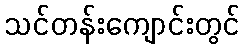
သင်တန်းကျောင်းတွင်